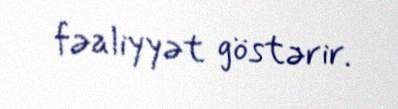
fəaliyyət göstərir.